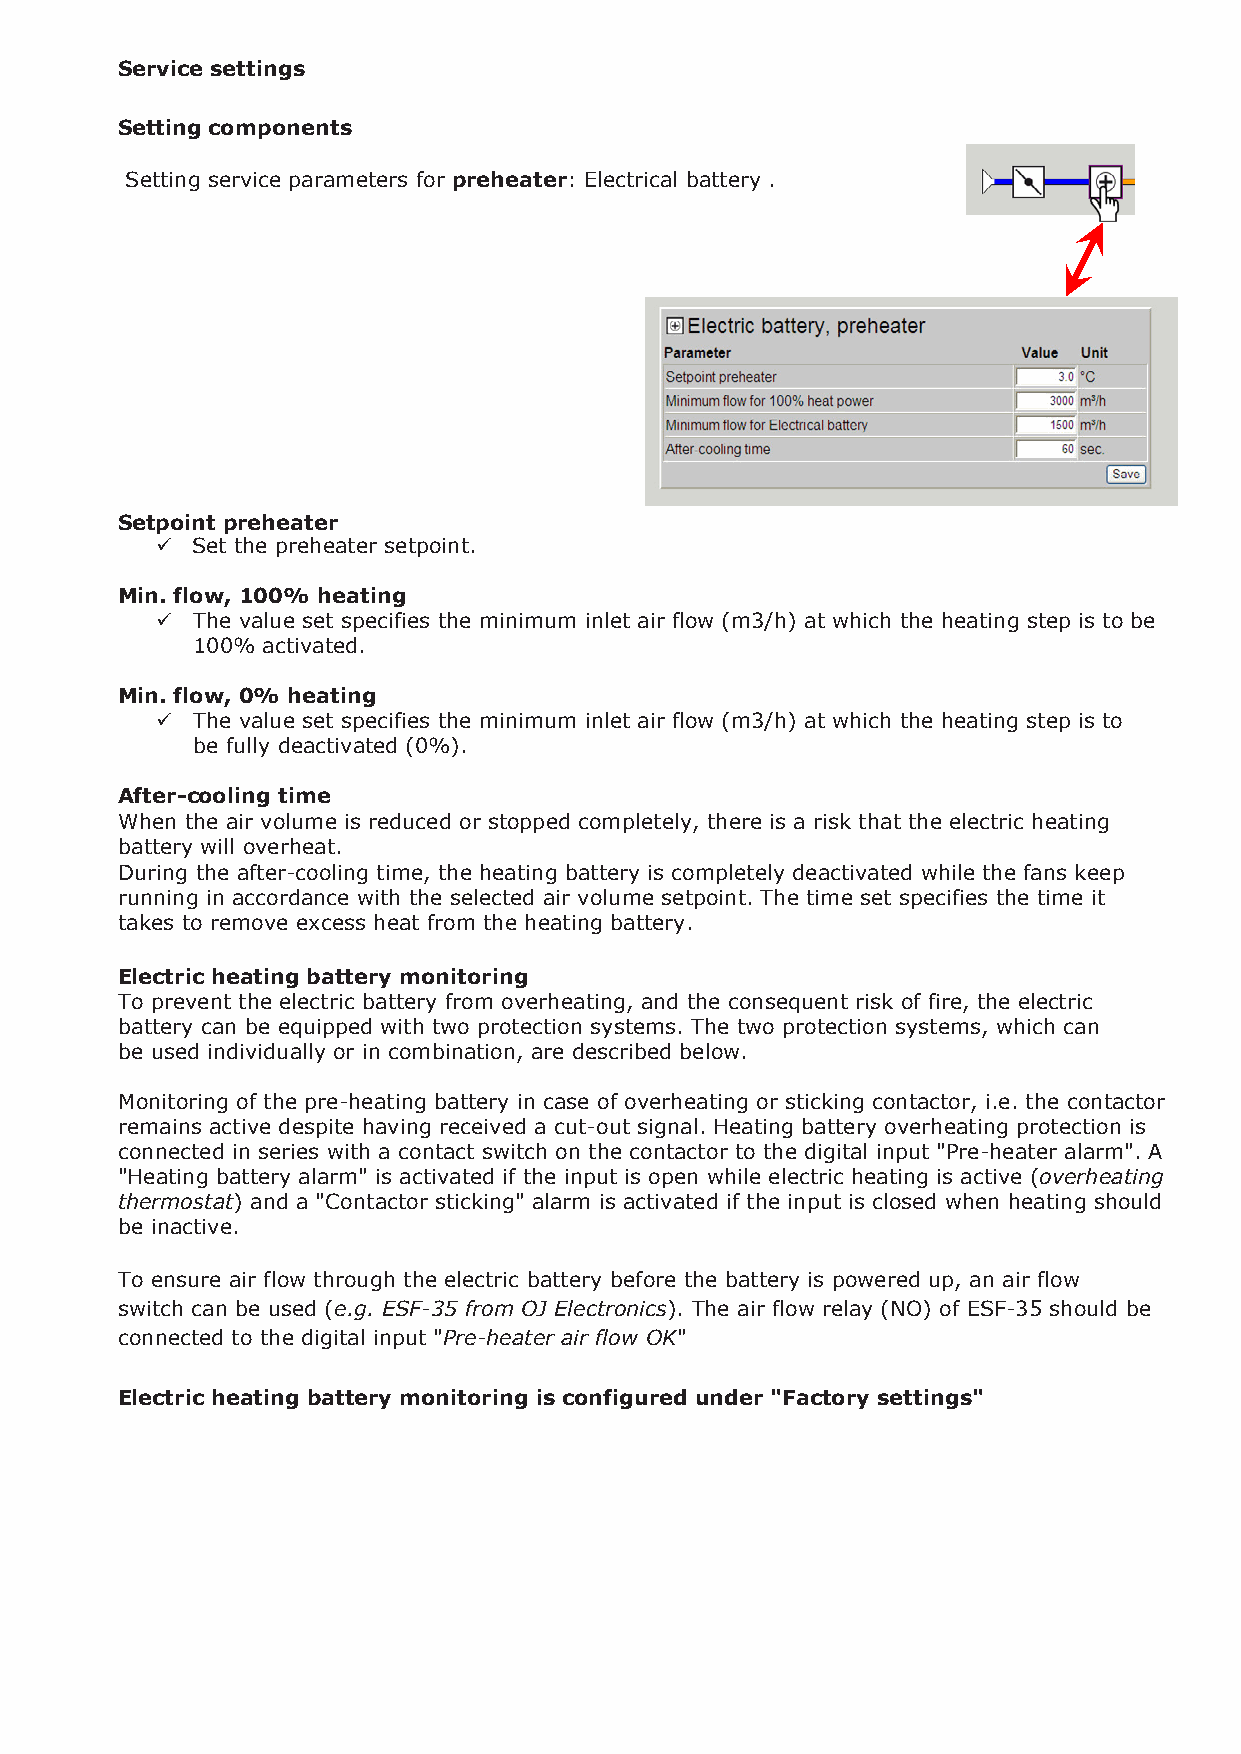
Service settings
 Setting components
 Setting service parameters for preheater: Electrical battery .
 Setpoint preheater
   Set the preheater setpoint.
 Min. flow, 100% heating
   The value set specifies the minimum inlet air flow (m3/h) at which the heating step is to be
 100% activated.
 Min. flow, 0% heating
   The value set specifies the minimum inlet air flow (m3/h) at which the heating step is to
 be fully deactivated (0%).
 After-cooling time
 When the air volume is reduced or stopped completely, there is a risk that the electric heating
 battery will overheat.
 During the after-cooling time, the heating battery is completely deactivated while the fans keep
 running in accordance with the selected air volume setpoint. The time set specifies the time it
 takes to remove excess heat from the heating battery.
 Electric heating battery monitoring
 To prevent the electric battery from overheating, and the consequent risk of fire, the electric
 battery can be equipped with two protection systems. The two protection systems, which can
 be used individually or in combination, are described below.
 Monitoring of the pre-heating battery in case of overheating or sticking contactor, i.e. the contactor
 remains active despite having received a cut-out signal. Heating battery overheating protection is
 connected in series with a contact switch on the contactor to the digital input "Pre-heater alarm". A
 "Heating battery alarm" is activated if the input is open while electric heating is active (overheating
 thermostat) and a "Contactor sticking" alarm is activated if the input is closed when heating should
 be inactive.
 To ensure air flow through the electric battery before the battery is powered up, an air flow
 switch can be used (e.g. ESF-35 from OJ Electronics). The air flow relay (NO) of ESF-35 should be
 connected to the digital input "Pre-heater air flow OK"
 Electric heating battery monitoring is configured under "Factory settings"